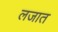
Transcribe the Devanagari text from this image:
लजात